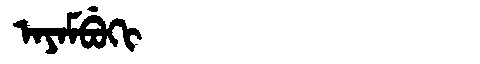
Manchu: ᠠᠶᠠᠮᠪᡠᡴᡳ
Romanization: AYAMBUKI